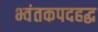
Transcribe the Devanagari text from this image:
भ्वंतकपदहद्ध